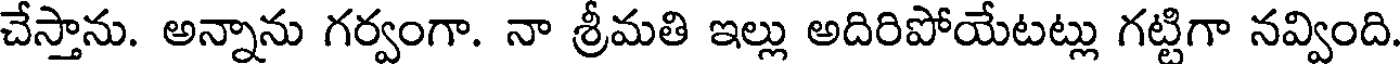
చేస్తాను. అన్నాను గర్వంగా. నా శ్రీమతి ఇల్లు అదిరిపోయేటట్లు గట్టిగా నవ్వింది